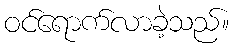
ဝင်ရောက်လာခဲ့သည်။